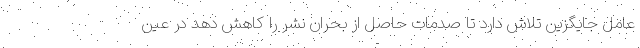
عامل جایگزین تلاش دارد تا صدمات حاصل از بحران نشر را کاهش دهد در عین